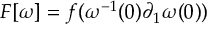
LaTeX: F [ \omega ] = f ( \omega ^ { - 1 } ( 0 ) \partial _ { 1 } \omega ( 0 ) )